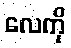
လေကို